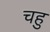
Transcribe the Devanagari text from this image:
चहु